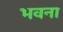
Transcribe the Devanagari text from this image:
भवना